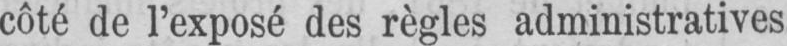
côté de l’exposé des règles administratives